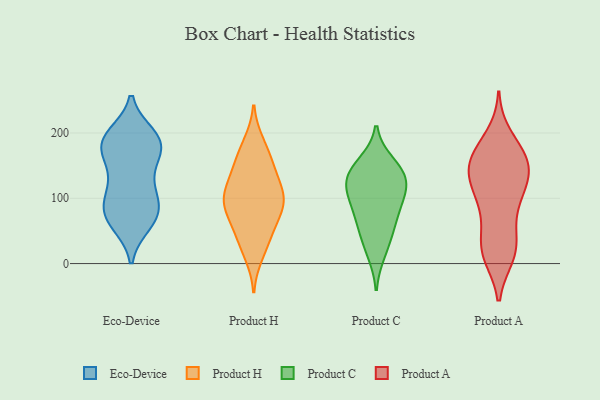
{"axis": {"x": "Bounce Rate (%)", "y": "Value"}, "legend": ["Eco-Device", "Product A", "Product C", "Product H"], "data": [{"x": "", "y": 189, "type": "Eco-Device"}, {"x": "", "y": 126, "type": "Eco-Device"}, {"x": "", "y": 109, "type": "Eco-Device"}, {"x": "", "y": 197, "type": "Eco-Device"}, {"x": "", "y": 161, "type": "Eco-Device"}, {"x": "", "y": 174, "type": "Eco-Device"}, {"x": "", "y": 192, "type": "Eco-Device"}, {"x": "", "y": 66, "type": "Eco-Device"}, {"x": "", "y": 100, "type": "Eco-Device"}, {"x": "", "y": 76, "type": "Eco-Device"}, {"x": "", "y": 64, "type": "Eco-Device"}, {"x": "", "y": 60, "type": "Eco-Device"}, {"x": "", "y": 97, "type": "Eco-Device"}, {"x": "", "y": 74, "type": "Eco-Device"}, {"x": "", "y": 193, "type": "Eco-Device"}, {"x": "", "y": 190, "type": "Eco-Device"}, {"x": "", "y": 142, "type": "Eco-Device"}, {"x": "", "y": 89, "type": "Eco-Device"}, {"x": "", "y": 181, "type": "Eco-Device"}, {"x": "", "y": 168, "type": "Eco-Device"}, {"x": "", "y": 27, "type": "Product H"}, {"x": "", "y": 184, "type": "Product H"}, {"x": "", "y": 110, "type": "Product H"}, {"x": "", "y": 100, "type": "Product H"}, {"x": "", "y": 93, "type": "Product H"}, {"x": "", "y": 177, "type": "Product H"}, {"x": "", "y": 14, "type": "Product H"}, {"x": "", "y": 59, "type": "Product H"}, {"x": "", "y": 85, "type": "Product H"}, {"x": "", "y": 147, "type": "Product H"}, {"x": "", "y": 42, "type": "Product H"}, {"x": "", "y": 92, "type": "Product H"}, {"x": "", "y": 101, "type": "Product H"}, {"x": "", "y": 60, "type": "Product H"}, {"x": "", "y": 94, "type": "Product H"}, {"x": "", "y": 128, "type": "Product H"}, {"x": "", "y": 140, "type": "Product H"}, {"x": "", "y": 155, "type": "Product H"}, {"x": "", "y": 140, "type": "Product C"}, {"x": "", "y": 93, "type": "Product C"}, {"x": "", "y": 113, "type": "Product C"}, {"x": "", "y": 60, "type": "Product C"}, {"x": "", "y": 80, "type": "Product C"}, {"x": "", "y": 131, "type": "Product C"}, {"x": "", "y": 44, "type": "Product C"}, {"x": "", "y": 17, "type": "Product C"}, {"x": "", "y": 138, "type": "Product C"}, {"x": "", "y": 153, "type": "Product C"}, {"x": "", "y": 112, "type": "Product C"}, {"x": "", "y": 162, "type": "Product A"}, {"x": "", "y": 20, "type": "Product A"}, {"x": "", "y": 85, "type": "Product A"}, {"x": "", "y": 14, "type": "Product A"}, {"x": "", "y": 118, "type": "Product A"}, {"x": "", "y": 24, "type": "Product A"}, {"x": "", "y": 23, "type": "Product A"}, {"x": "", "y": 23, "type": "Product A"}, {"x": "", "y": 113, "type": "Product A"}, {"x": "", "y": 168, "type": "Product A"}, {"x": "", "y": 143, "type": "Product A"}, {"x": "", "y": 140, "type": "Product A"}, {"x": "", "y": 193, "type": "Product A"}, {"x": "", "y": 163, "type": "Product A"}, {"x": "", "y": 165, "type": "Product A"}, {"x": "", "y": 128, "type": "Product A"}, {"x": "", "y": 151, "type": "Product A"}, {"x": "", "y": 105, "type": "Product A"}, {"x": "", "y": 70, "type": "Product A"}]}